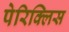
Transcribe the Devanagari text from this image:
पेरिक्लिस